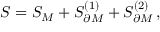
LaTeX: S = S _ { M } + S _ { \partial M } ^ { ( 1 ) } + S _ { \partial M } ^ { ( 2 ) } \, ,